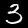
Label: 3